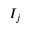
I _ { j }